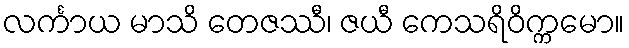
လင်္ကာယ မာသိ တေဇဿီ၊ ဇယီ ကေသရိဝိက္ကမော။